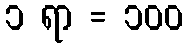
၁ ရာ = ၁၀၀